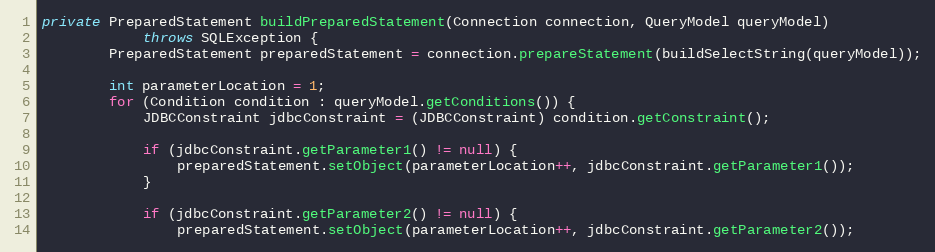
Language: Java
private PreparedStatement buildPreparedStatement(Connection connection, QueryModel queryModel)
            throws SQLException {
        PreparedStatement preparedStatement = connection.prepareStatement(buildSelectString(queryModel));

        int parameterLocation = 1;
        for (Condition condition : queryModel.getConditions()) {
            JDBCConstraint jdbcConstraint = (JDBCConstraint) condition.getConstraint();

            if (jdbcConstraint.getParameter1() != null) {
                preparedStatement.setObject(parameterLocation++, jdbcConstraint.getParameter1());
            }

            if (jdbcConstraint.getParameter2() != null) {
                preparedStatement.setObject(parameterLocation++, jdbcConstraint.getParameter2());